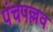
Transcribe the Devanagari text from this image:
पंचपल्लव